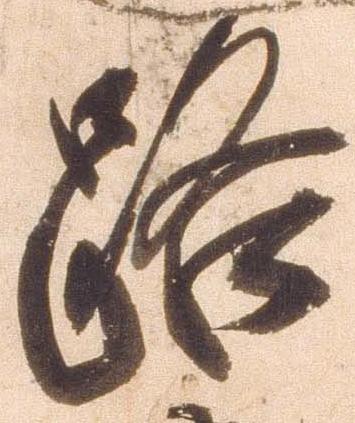
路